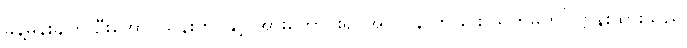
ခန့်မှန်းချက် ဦးအောင်သန်းတင်နှင့် အားကောင်း၍ အဝလွန်လာခြင်း သတ်မှတ်ပြဋ္ဌာန်းထားသည်